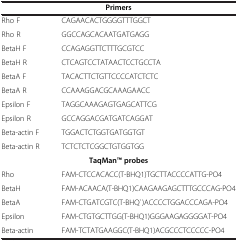
<table><thead><tr><td colspan="2"><b>Primers</b></td></tr></thead><tbody><tr><td>Rho F</td><td>CAGAACACTGGGGTTTGGCT</td></tr><tr><td>Rho R</td><td>GGCCAGCACAATGATGAGG</td></tr><tr><td>BetaH F</td><td>CCAGAGGTTCTTTGCGTCC</td></tr><tr><td>BetaH R</td><td>CTCAGTCCTATAACTCCTGCCTA</td></tr><tr><td>BetaA F</td><td>TACACTTCTGTTCCCCATCTCTC</td></tr><tr><td>BetaA R</td><td>CCAAAGGACGCAAAGAACC</td></tr><tr><td>Epsilon F</td><td>TAGGCAAAGAGTGAGCATTCG</td></tr><tr><td>Epsilon R</td><td>GCCAGGACGATGATCAGGAT</td></tr><tr><td>Beta-actin F</td><td>TGGACTCTGGTGATGGTGT</td></tr><tr><td>Beta-actin R</td><td>TCTCTCTCGGCTGTGGTGG</td></tr><tr><td colspan="2"><b>TaqManTM probes</b></td></tr><tr><td>Rho</td><td>FAM-CTCCACACC(T-BHQ1)TGCTTACCCCATTG-PO4</td></tr><tr><td>BetaH</td><td>FAM-ACAACA(T-BHQ1)CAAGAAGAGCTTTGCCCAG-PO4</td></tr><tr><td>BetaA</td><td>FAM-CTGATCGTC(T-BHQ`)ACCCCTGGACCCAGA-PO4</td></tr><tr><td>Epsilon</td><td>FAM-CTGTGCTTGG(T-BHQ1)GGGAAGAGGGGAT-PO4</td></tr><tr><td>Beta-actin</td><td>FAM-TCTATGAAGGC(T-BHQ1)ACGCCCTCCCCC-PO4</td></tr></tbody></table>